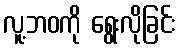
လူ့ဘဝကို ရွေးလိုခြင်း